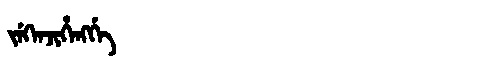
Manchu: ᠵᡝᡴᡝᠨᠵᡳᡥᡝᠩᡤᡝ
Romanization: JEKENJIHENGGE